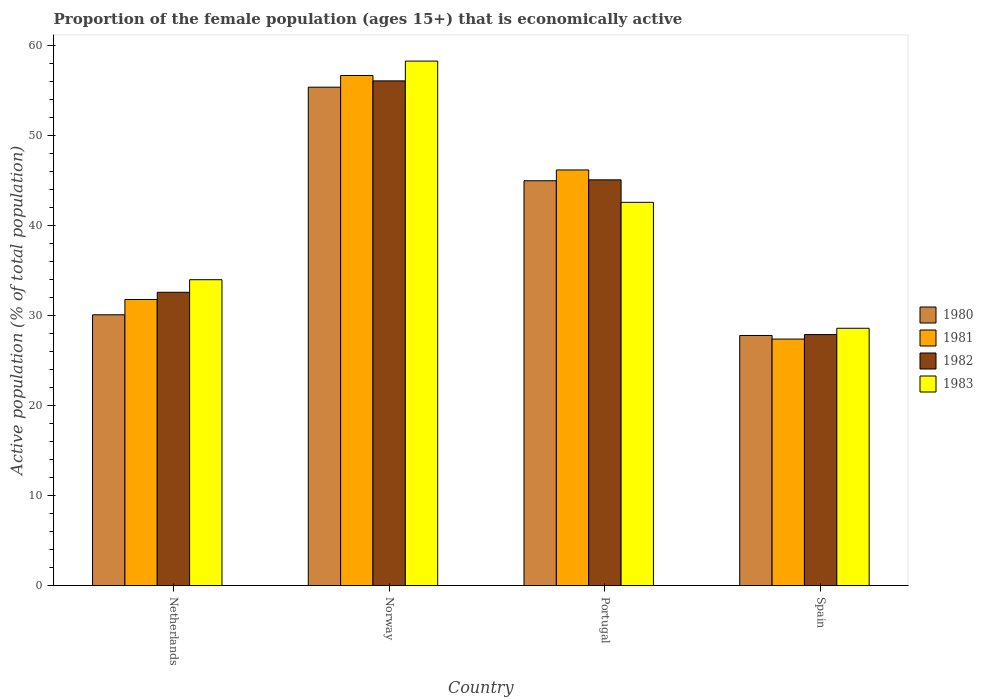
| Country | 1980 | 1981 | 1982 | 1983 |
 | --- | --- | --- | --- | --- |
 | Netherlands | 30.1 | 31.8 | 32.6 | 34 |
 | Norway | 55.4 | 56.7 | 56.1 | 58.3 |
 | Portugal | 45 | 46.2 | 45.1 | 42.6 |
 | Spain | 27.8 | 27.4 | 27.9 | 28.6 |